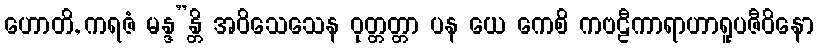
ဟောတိ, ကရဇံ မန္ဒ”န္တိ အဝိသေသေန ဝုတ္တတ္တာ ပန ယေ ကေစိ ကဗဠီကာရာဟာရူပဇီဝိနော